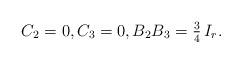
LaTeX: \begin{align*}C_2=0, C_3=0, B_2 B_3=\textstyle \frac{3}{4}\, I_r.\end{align*}